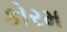
કોરમ